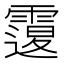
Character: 𩅆